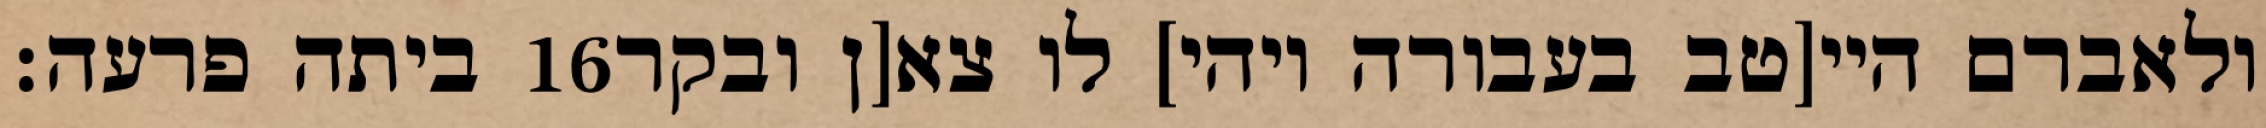
ביתה פרעה׃ ‎16‏ ולאברם היי[טב בעבורה ויהי] לו צא[ן ובקר